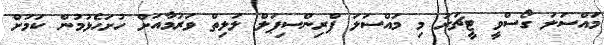
މައްސަލަ ގޯސްވީ ޓީޗަރު މި މައްސަލަ ޕްރިންސިޕަލް ލަލިތް ވަރުމާއަށް ހުށަހެޅުމުން ކަމަށް